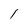
Character: 1